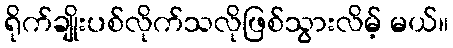
ရိုက်ချိုးပစ်လိုက်သလိုဖြစ်သွားလိမ့် မယ်။